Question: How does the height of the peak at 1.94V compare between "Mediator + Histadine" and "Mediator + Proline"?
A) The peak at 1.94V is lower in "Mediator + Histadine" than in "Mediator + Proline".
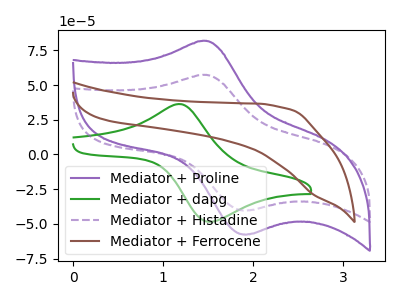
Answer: <think>The purple curve "Mediator + Proline" has an anodic peak at (1.45V, 81.75uA) and a cathodic peak at (1.95V, -57.45uA). The green curve "Mediator + dapg" has an anodic peak at (1.20V, 36.30uA) and a cathodic peak at (1.50V, -48.40uA). The purple dashed curve "Mediator + Histadine" has an anodic peak at (1.45V, 57.25uA) and a cathodic peak at (1.95V, -40.25uA). The brown curve "Mediator + Ferrocene" has no peaks.</think>
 <answer>A) The peak at 1.94V is lower in "Mediator + Histadine" than in "Mediator + Proline".</answer>
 <eval>A</eval>